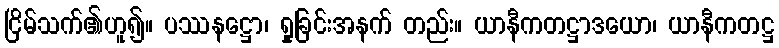
ငြိမ်သက်၏ဟူ၍။ ပဿနဋ္ဌော၊ ရှုခြင်းအနက် တည်း။ ယာနီကတဋ္ဌာဒယော၊ ယာနီကတဋ္ဌ